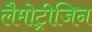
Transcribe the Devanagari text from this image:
लैमोट्रीजिन